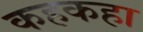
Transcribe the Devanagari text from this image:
कहकहा